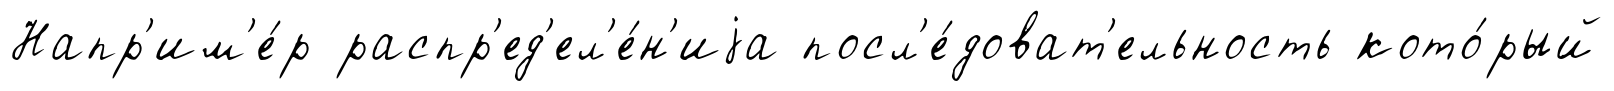
Напр'им'е́р распр'ед'ел'е́н'иjа посл'е́доват'ельность кото́рый